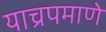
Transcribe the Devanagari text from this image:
याच्रपमाणे